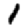
Digit: 1